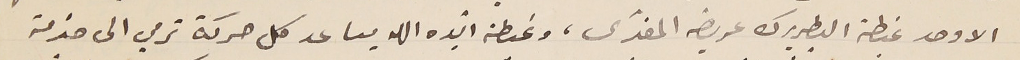
الاوحد غبطة البطريرك عريضة المفدّى، وغبطته أيده الله يسا عد كل حركة ترمي الى خدمة